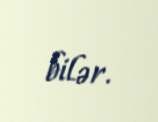
bilər.